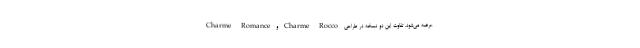
Charme Romance و Charme Rocco عرضه می‌شود. تفاوت این دو نسخه در طراحی